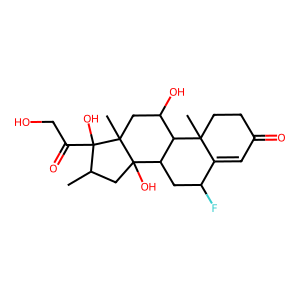
SMILES: CC1CC2(O)C3CC(F)C4=CC(=O)CCC4(C)C3C(O)CC2(C)C1(O)C(=O)CO
Inhibits HIV replication: No